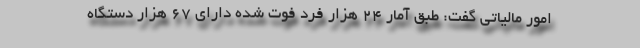
امور مالیاتی گفت:‌ طبق آمار ۲۴ هزار فرد فوت شده دارای ۶۷ هزار دستگاه